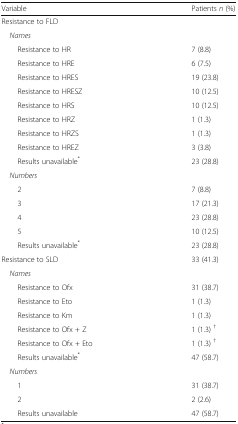
| Variable | Patients n (%) |
 | --- | --- |
 | Resistance to FLD |  |
 | <COLSPAN=2> Names |
 | Resistance to HR | 7 (8.8) |
 | Resistance to HRE | 6 (7.5) |
 | Resistance to HRES | 19 (23.8) |
 | Resistance to HRESZ | 10 (12.5) |
 | Resistance to HRS | 10 (12.5) |
 | Resistance to HRZ | 1 (1.3) |
 | Resistance to HRZS | 1 (1.3) |
 | Resistance to HREZ | 3 (3.8) |
 | Results unavailable* | 23 (28.8) |
 | <COLSPAN=2> Numbers |
 | 2 | 7 (8.8) |
 | 3 | 17 (21.3) |
 | 4 | 23 (28.8) |
 | 5 | 10 (12.5) |
 | Results unavailable* | 23 (28.8) |
 | Resistance to SLD | 33 (41.3) |
 | Names |  |
 | Resistance to Ofx | 31 (38.7) |
 | Resistance to Eto | 1 (1.3) |
 | Resistance to Km | 1 (1.3) |
 | Resistance to Ofx + Z | 1 (1.3) † |
 | Resistance to Ofx + Eto | 1 (1.3) † |
 | Results unavailable* | 47 (58.7) |
 | <COLSPAN=2> Numbers |
 | 1 | 31 (38.7) |
 | 2 | 2 (2.6) |
 | Results unavailable | 47 (58.7) |